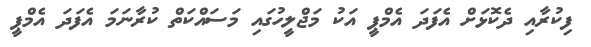
ފިކުރާއި ދެކޮޅަށް އެފަދަ އެމްޕީ އަކު މަޖްލީހުގައި މަސައްކަތް ކުރާނަމަ އެފަދަ އެމްޕީ